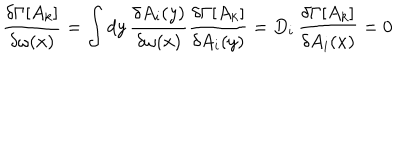
\frac { \delta \Gamma [ A _ { k } ] } { \delta \omega ( x ) } = \int d y \, \frac { \delta A _ { i } ( y ) } { \delta \omega ( x ) } \frac { \delta \Gamma [ A _ { k } ] } { \delta A _ { i } ( y ) } = D _ { i } \, \frac { \delta \Gamma [ A _ { k } ] } { \delta A _ { i } ( x ) } = 0